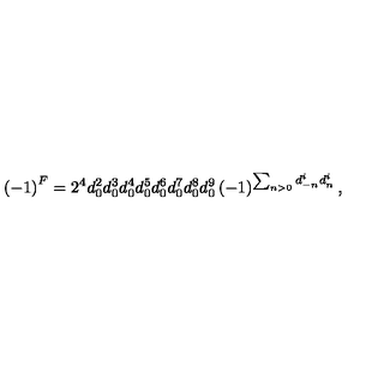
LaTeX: \left( - 1 \right) ^ { F } = 2 ^ { 4 } d _ { 0 } ^ { 2 } d _ { 0 } ^ { 3 } d _ { 0 } ^ { 4 } d _ { 0 } ^ { 5 } d _ { 0 } ^ { 6 } d _ { 0 } ^ { 7 } d _ { 0 } ^ { 8 } d _ { 0 } ^ { 9 } \left( - 1 \right) ^ { \sum _ { n > 0 } d _ { - n } ^ { i } d _ { n } ^ { i } } ,